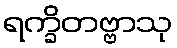
ရက္ခိတဗ္ဗာသု